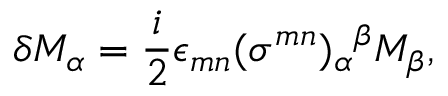
\delta M _ { \alpha } = \frac { i } { 2 } \epsilon _ { m n } ( \sigma ^ { m n } ) _ { \alpha } { } ^ { \beta } M _ { \beta } ,